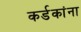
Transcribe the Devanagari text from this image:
कर्डकांना